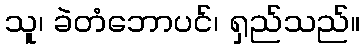
သူ၊ ခဲတံဘောပင်၊ ရှည်သည်။